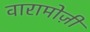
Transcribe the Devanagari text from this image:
वारामोज़ी